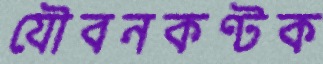
যৌবনকণ্টক